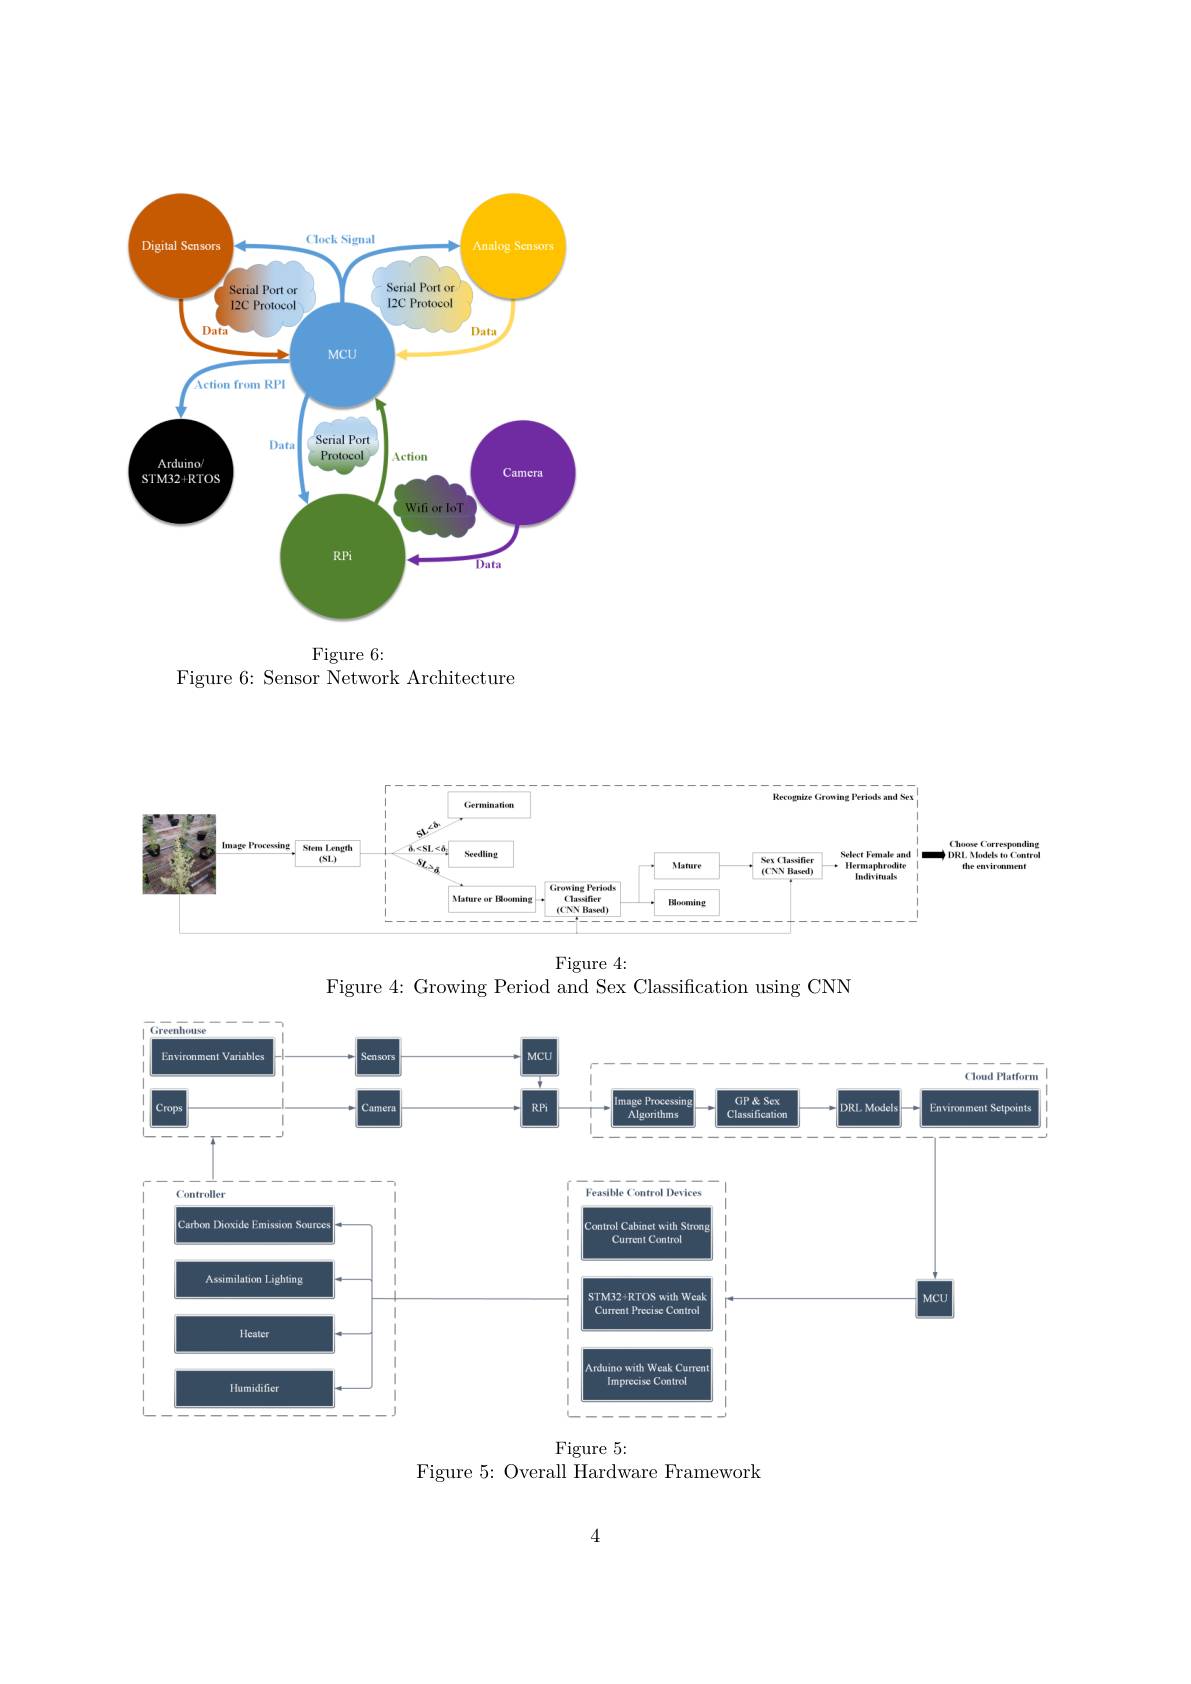
<FigureHere>

Figure 6:
Figure 6: Sensor Network Architecture

<FigureHere>
Figure 4:

Figure 4: Growing Period and Sex Classification using CNN

<FigureHere>
Figure 5:

Figure 5: Overall Hardware Framework

4